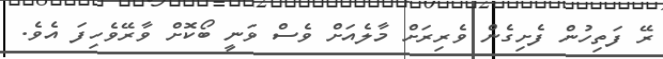
ރޭ ފަތިހުން ފެށިގެން ވެރިރަށް މާލެއަށް ވެސް ވަނީ ބޯކޮށް ވާރޭވެހިފަ އެވެ.